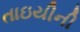
તાઇયીની